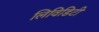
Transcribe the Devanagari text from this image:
लिविडिटी